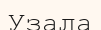
Узала